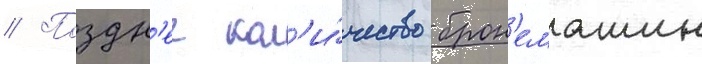
// Поздн'ее кол'и́чество брон'емашин